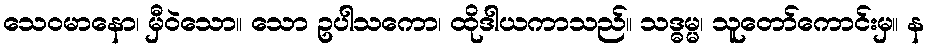
သေဝမာနော၊ မှီဝဲသော။ သော ဥပါသကော၊ ထိုဒါယကာသည်။ သဒ္ဓမ္မ၊ သူတော်ကောင်းမှ။ န